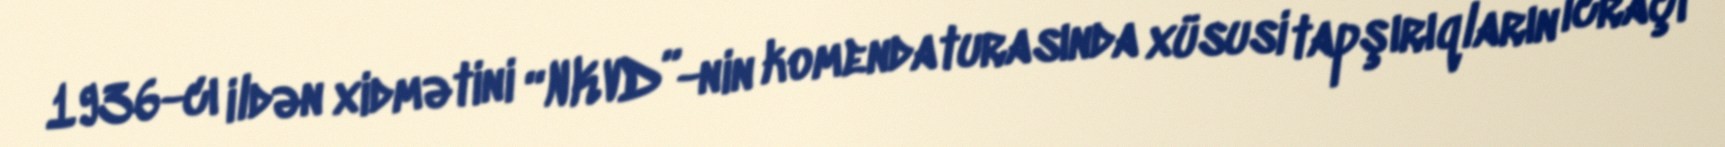
1936-cı ildən xidmətini “NKVD”-nin komendaturasında xüsusi tapşırıqların icraçı